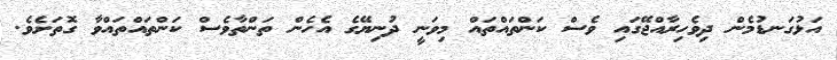
އަޅުގަނޑުމެން ދިވެހިރާއްޖޭގައި ވެސް ކަންތައްތައް މިވަނީ ދުނިޔޭގެ އެހެން ތަންތާވެސް ކަންތައްތައްވާ ގޮތަށެވެ.